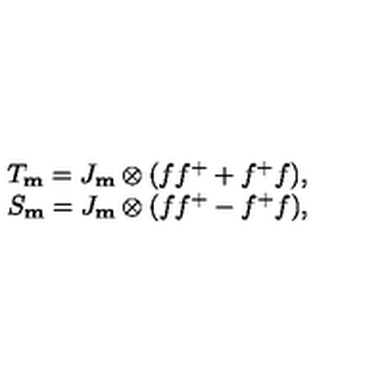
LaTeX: \begin{array} { c c c c } { T _ { \bf m } = J _ { \bf m } \otimes ( f f ^ { + } + f ^ { + } f ) , } \\ { S _ { \bf m } = J _ { \bf m } \otimes ( f f ^ { + } - f ^ { + } f ) , } \\ \end{array}